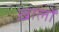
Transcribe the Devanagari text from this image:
ख़ालों